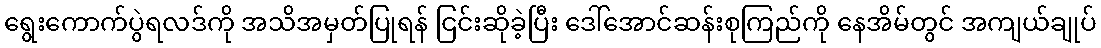
ရွေးကောက်ပွဲရလဒ်ကို အသိအမှတ်ပြုရန် ငြင်းဆိုခဲ့ပြီး ဒေါ်အောင်ဆန်းစုကြည်ကို နေအိမ်တွင် အကျယ်ချုပ်